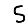
Digit: 5